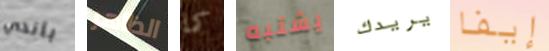
باندي الظاهر كما يشتبه يريدك إيفا